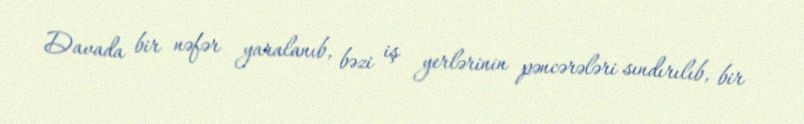
Davada bir nəfər yaralanıb, bəzi iş yerlərinin pəncərələri sındırılıb, bir